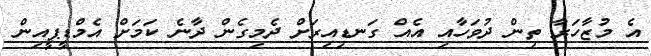
އެ މުޒާހަރާ ތިން ދުވަހާއި އެއް ގަނޑިއިރަށް ދެމިގެން ދާނެ ކަމަށް އެމްޑީޕީއިން